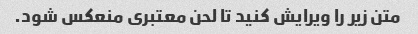
متن زیر را ویرایش کنید تا لحن معتبری منعکس شود.